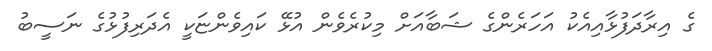
ގެ އިރާދަފުޅާއިއެކު އަހަރެންގެ ޝަބާއަށް މިކުރެވެން އުޅޭ ކައިވެންޏަކީ އެދަރިފުޅުގެ ނަސީބު